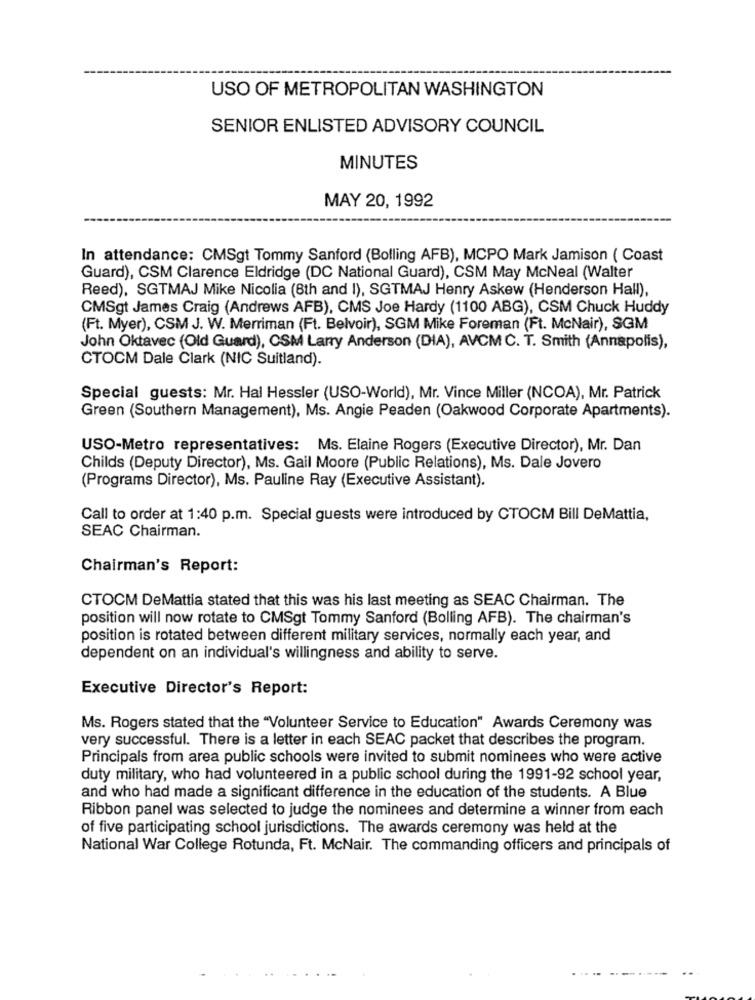
USO OF METROPOLITAN WASHINGTON
SENIOR ENLISTED ADVISORY COUNCIL
MINUTES
MAY 20, 1992
In attendance: CMSgt Tommy Sanford (Bolling AFB), MCPO Mark Jamison ( Coast
Guard), CSM Clarence Eldridge (DC National Guard), CSM May McNeal (Walter
Reed), SGTMAJ Mike Nicolia (8th and I), SGTMAJ Henry Askew (Henderson Hall),
CMSgt James Craig (Andrews AFB), CMS Joe Hardy (1100 ABG), CSM Chuck Huddy
(Ft. Myer), CSM J. W. Merriman (Ft. Belvoir), SGM Mike Foreman (Ft. McNair), SGM
John Oktavec (Old Guard), CSM Larry Anderson (DIA), AVCM C. T. Smith (Annapolis),
CTOCM Dale Clark (NIC Suitland).
Special guests: Mr. Hal Hessler (USO-World), Mr. Vince Miller (NCOA), Mr. Patrick
Green (Southern Management), Ms. Angie Peaden (Oakwood Corporate Apartments).
USO-Metro representatives: Ms. Elaine Rogers (Executive Director), Mr. Dan
Childs (Deputy Director), Ms. Gail Moore (Public Relations), Ms. Dale Jovero
(Programs Director), Ms. Pauline Ray (Executive Assistant).
Call to order at 1:40 p.m. Special guests were introduced by CTOCM Bill DeMattia,
SEAC Chairman.
Chairman's Report:
CTOCM DeMattia stated that this was his last meeting as SEAC Chairman. The
position will now rotate to CMSgt Tommy Sanford (Bolling AFB). The chairman's
position is rotated between different military services, normally each year, and
dependent on an individual's willingness and ability to serve.
Executive Director's Report:
Ms. Rogers stated that the "Volunteer Service to Education" Awards Ceremony was
very successful. There is a letter in each SEAC packet that describes the program.
Principals from area public schools were invited to submit nominees who were active
duty military, who had volunteered in a public school during the 1991-92 school year,
and who had made a significant difference in the education of the students. A Blue
Ribbon panel was selected to judge the nominees and determine a winner from each
of five participating school jurisdictions. The awards ceremony was held at the
National War College Rotunda, Ft. McNair. The commanding officers and principals of